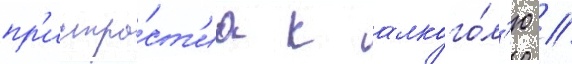
пр'истра́ст'иа к алкого́л'ю //